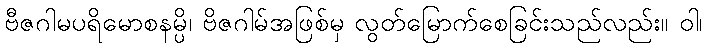
ဗီဇဂါမပရိမောစနမ္ပိ၊ ဗိဇဂါမ်အဖြစ်မှ လွတ်မြောက်စေခြင်းသည်လည်း။ ဝါ၊